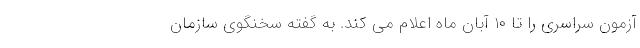
آزمون سراسری را تا ۱۰ آبان ماه اعلام می کند. به گفته سخنگوی سازمان